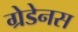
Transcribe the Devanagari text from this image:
ग्रेडेनस